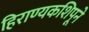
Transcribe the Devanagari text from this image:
हिराण्यकशिपूने